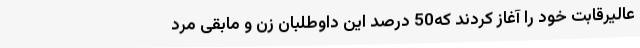
عالیرقابت خود را آغاز کردند که50 درصد این داوطلبان زن و مابقی مرد